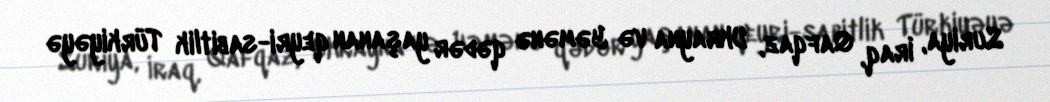
Suriya, İraq, Qafqaz, Ukrayna və Yəmənə qədər yaşanan qeyri-sabitlik Türkiyəyə